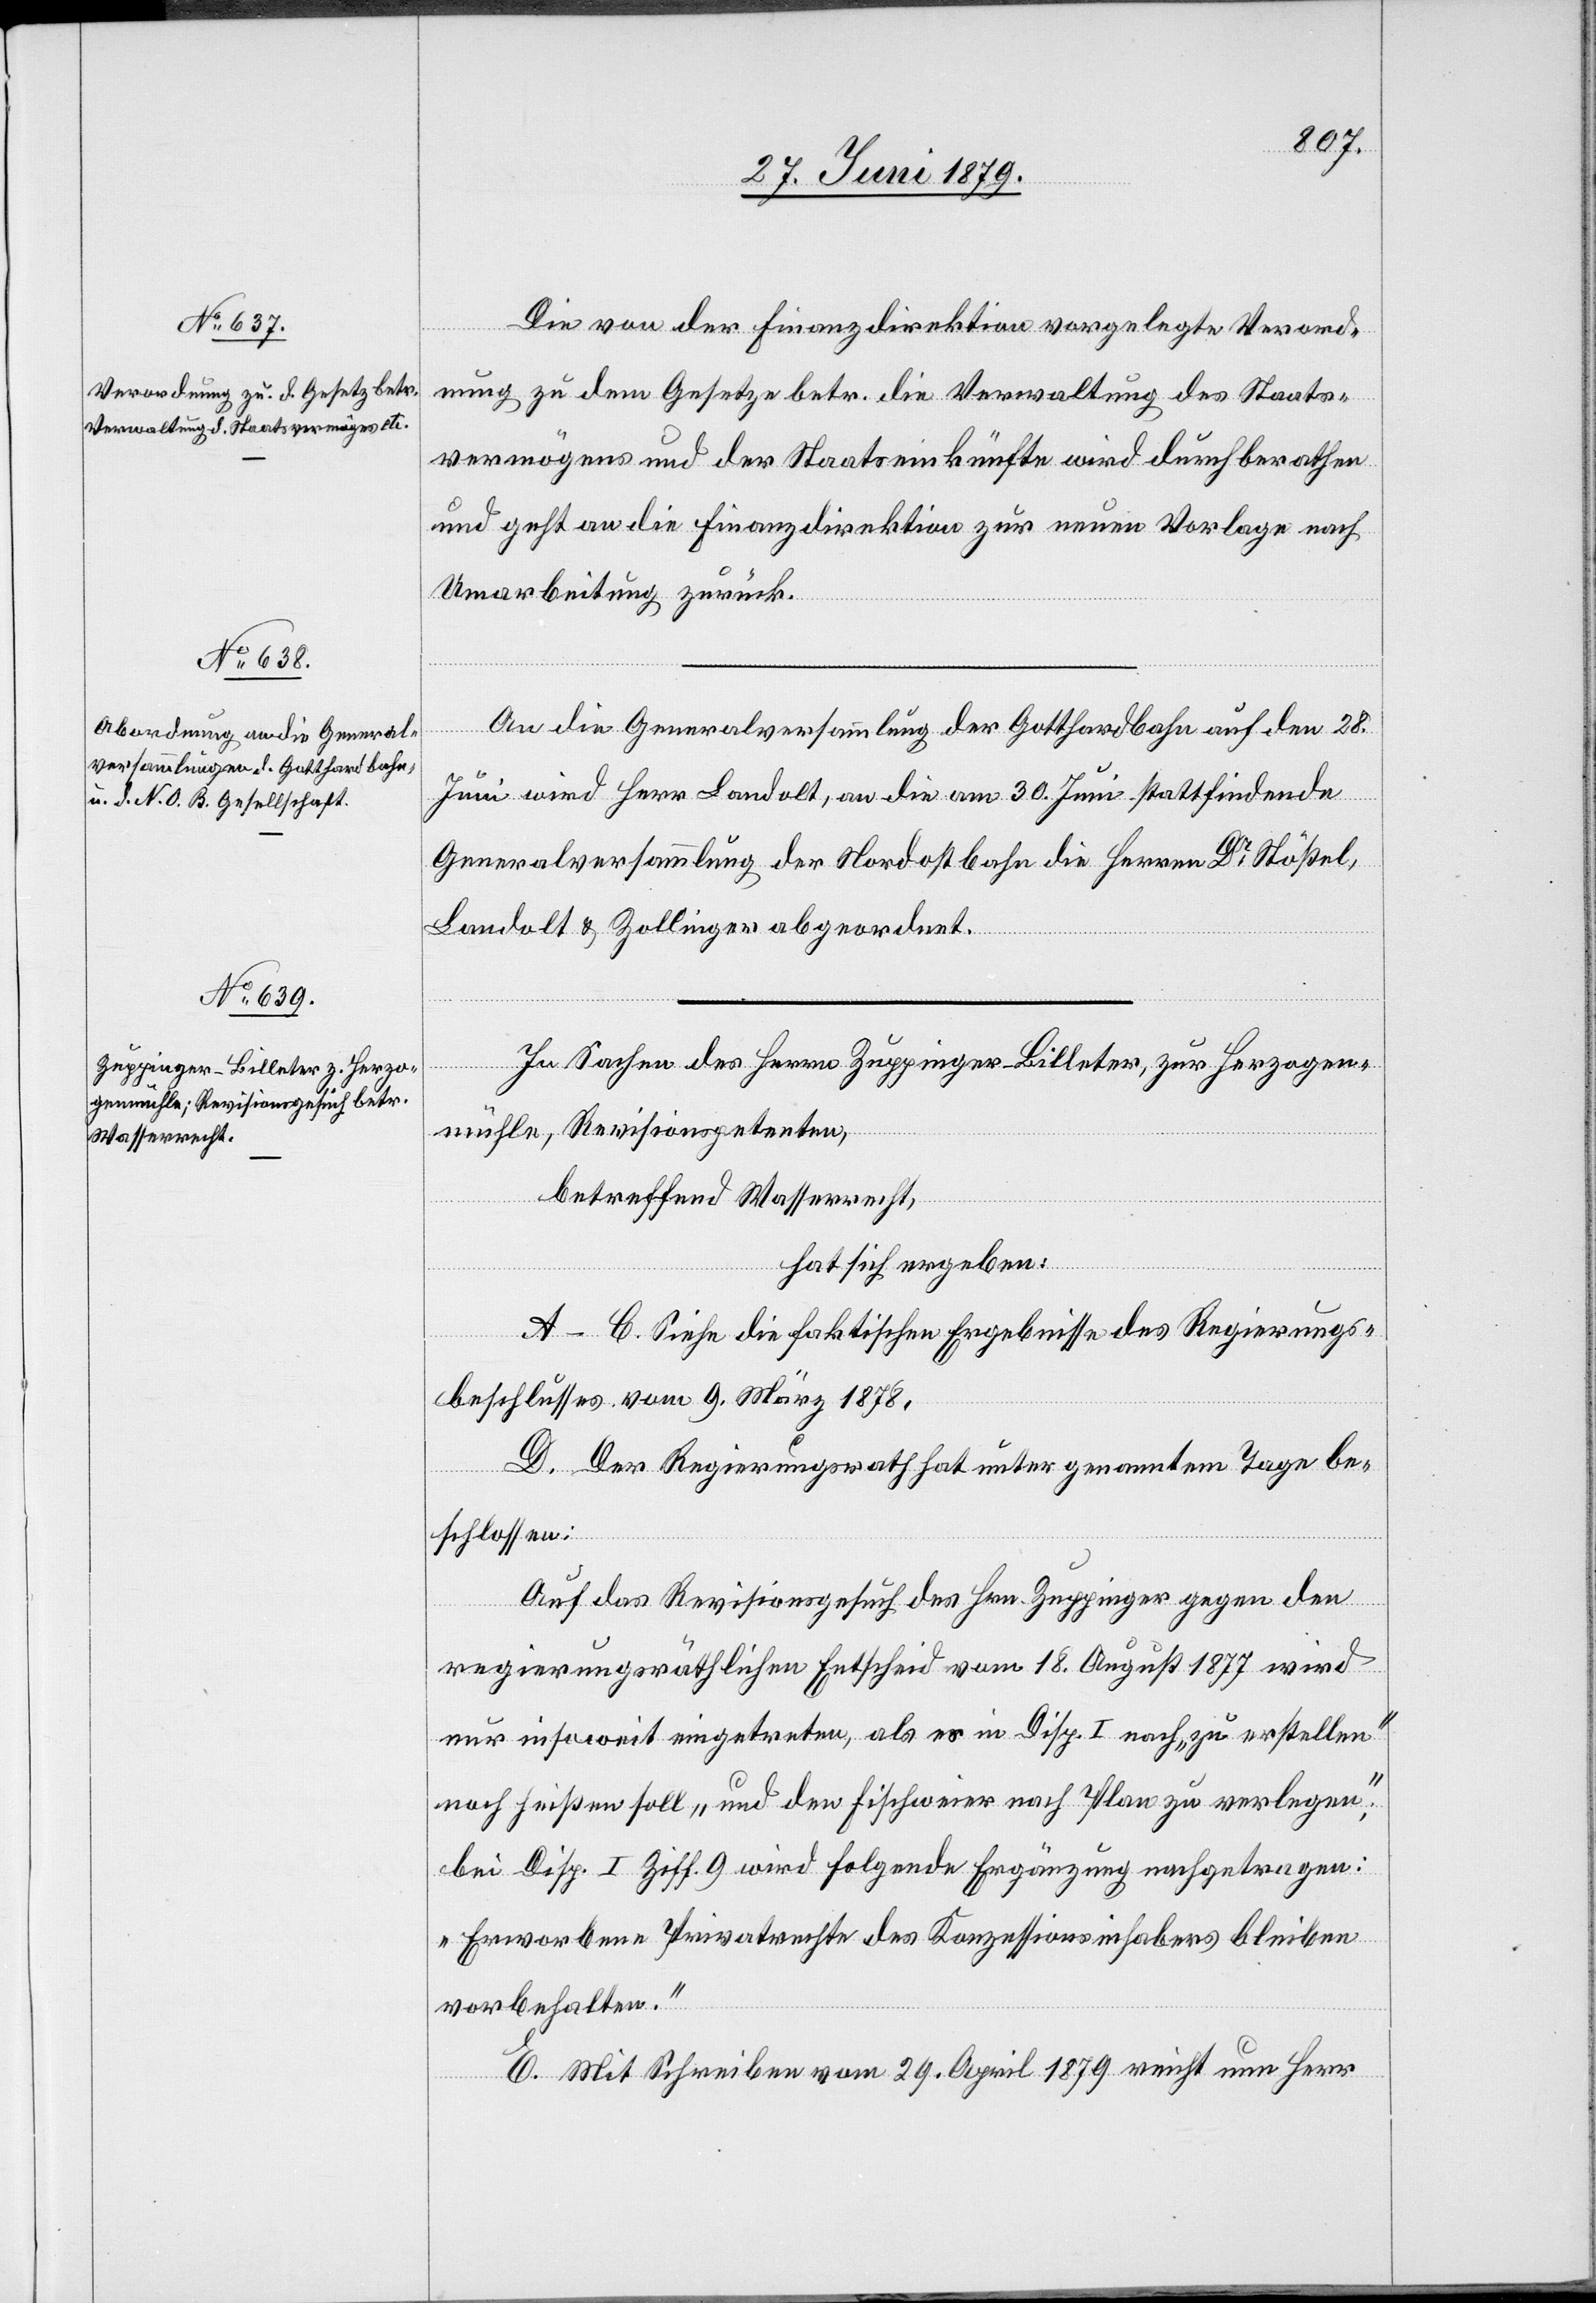
Die von der Finanzdirektion vorgelegte Verord¬
nung zu dem Gesetze betr. die Verwaltung des Staats¬
vermögens und der Staatseinkünfte wird durchberathen
und geht an die Finanzdirektion zur neuen Vorlage nach
Umarbeitung zurück.
An die Generalversammlung der Gotthardbahn auf den 28.
Juni wird Herr Landolt, an die am 30. Juni stattfindende
Generalversammlung der Nordostbahn die Herren Dr Stößel,
Landolt & Zollinger abgeordnet.
In Sachen des Herrn Zuppinger-Billeter, zur Herzogen¬
mühle, Revisionspetenten,
betreffend Wasserrecht,
hat sich ergeben:
A–C. Siehe die faktischen Ergebnisse des Regierungs¬
beschlusses vom 9. März 1878,
D. Der Regierungsrath hat unter genanntem Tage be¬
schlossen:
Auf das Revisionsgesuch des Hrn. Zuppinger gegen den
regierungsräthlichen Entscheid vom 18. August 1877 wird
nur insoweit eingetreten, als es in Disp. I nach „zu erstellen“
noch heißen soll „und den Fischweier nach Plan zu verlegen“;
bei Disp. I Ziff. 9 wird folgende Ergänzung nachgetragen:
„Erworbene Privatrechte des Konzessionsinhabers bleiben
vorbehalten.“
E. Mit Schreiben vom 29. April 1879 reicht nun Herr